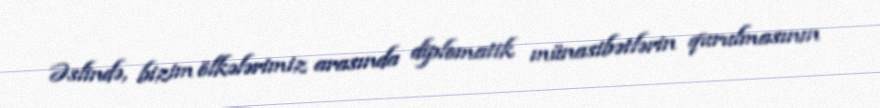
Əslində, bizim ölkələrimiz arasında diplomatik münasibətlərin qurulmasının